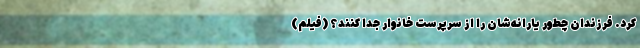
کرد. فرزندان چطور یارانه‌شان را از سرپرست خانوار جدا کنند؟ (فیلم)